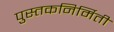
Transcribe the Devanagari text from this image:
पुस्तकनिर्मिती